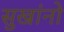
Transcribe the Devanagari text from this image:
सुखांनो